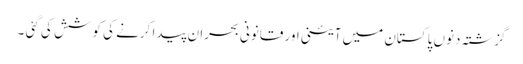
گزشتہ دنوں پاکستان میں آئینی اور قانونی بحران پیدا کرنے کی کوشش کی گئی ۔